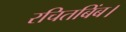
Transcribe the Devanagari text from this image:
रचितबिंब।